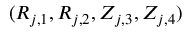
( R _ { j , 1 } , R _ { j , 2 } , Z _ { j , 3 } , Z _ { j , 4 } )